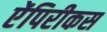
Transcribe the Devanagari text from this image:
ऐंपिरीकस